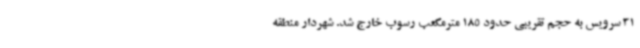
31 سرویس به حجم تقریبی حدود 185 مترمکعب رسوب خارج شد. شهردار منطقه